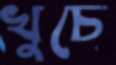
খুচে